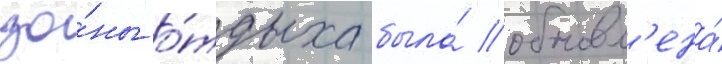
зо́ны о́тдыха была́ обновл'ена́